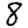
Digit: 8